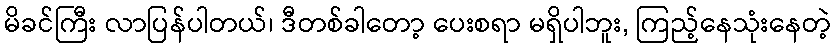
မိခင်ကြီး လာပြန်ပါတယ်၊ ဒီတစ်ခါတော့ ပေးစရာ မရှိပါဘူး, ကြည့်နေသုံးနေတဲ့